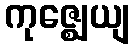
ကုဇ္ဈေယျ